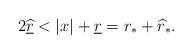
LaTeX: \begin{align*}& 2\underline{\widehat{r}} < |x| + \underline{r} = r_*+\widehat{r}_*.\end{align*}